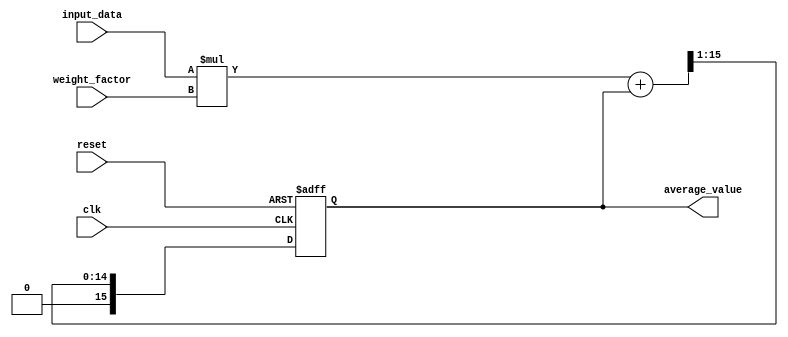
module EMA_accumulator(
    input wire clk,
    input wire reset,
    input wire [7:0] input_data,
    input wire [7:0] weight_factor,
    output reg [15:0] average_value
);

always @(posedge clk or posedge reset) begin
    if (reset) begin
        average_value <= 16'h0000; // Initialize average value
    end else begin
        average_value <= (input_data * weight_factor + average_value) >> 1; // Update average value
    end
end

endmodule